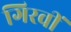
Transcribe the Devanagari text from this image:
गिरवीं